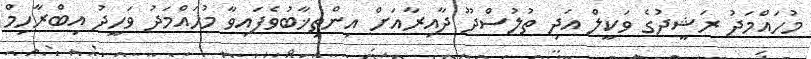
މުހައްމަދު ރަޝީދުގެ ވަކީލް އަދި ތުލުސްދޫ ދާއިރާއަށް އިންތިޚާބުވެފައިވާ މުހައްމަދު ވަހީދު އިބްރާހިމް